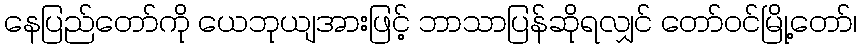
နေပြည်တော်ကို ယေဘုယျအားဖြင့် ဘာသာပြန်ဆိုရလျှင် တော်ဝင်မြို့တော်၊